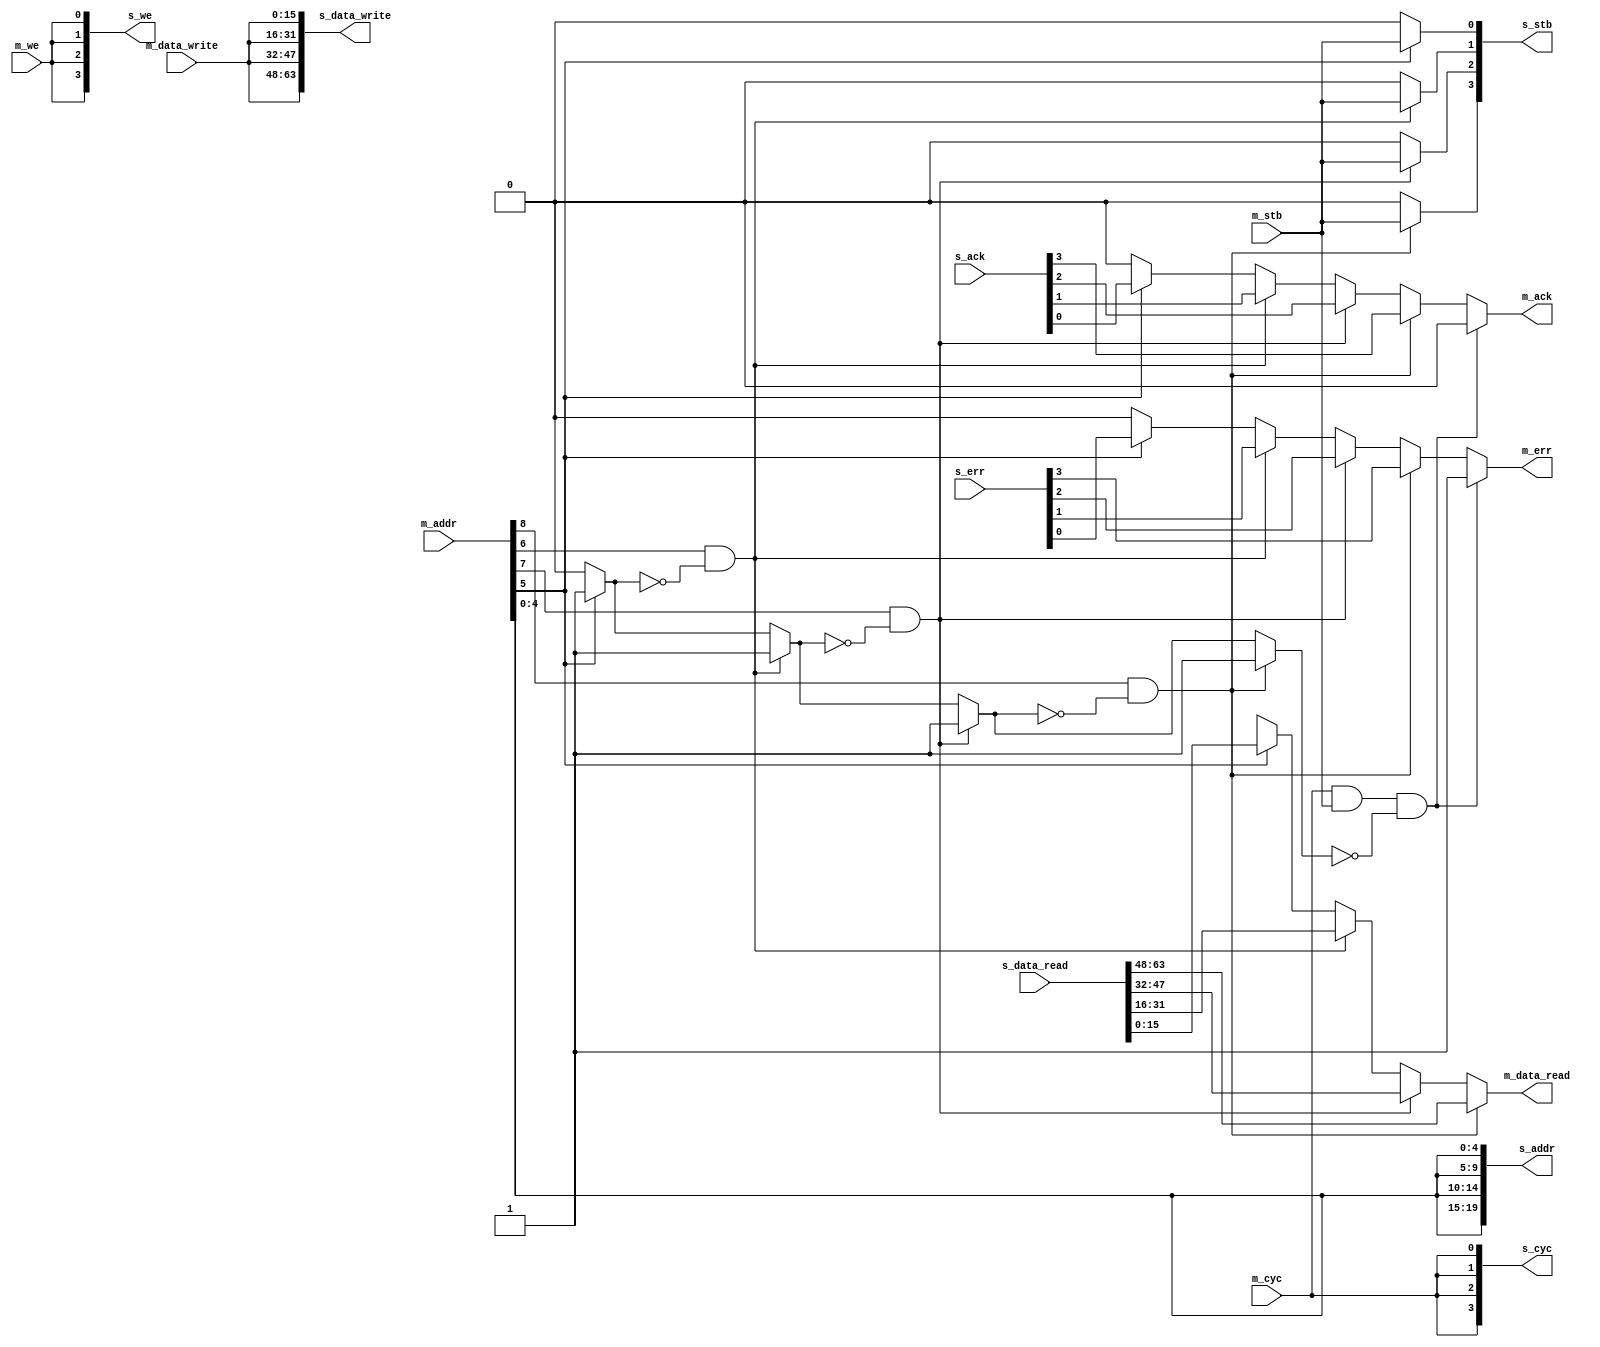
module wb_mux (
	/* Wishbone master */
	output reg m_ack, m_err,
	input m_cyc, m_stb, m_we,
	input [ADDR_WIDTH + SLAVES - 1:0] m_addr,
	input [DATA_WIDTH - 1:0] m_data_write,
	output reg [DATA_WIDTH - 1:0] m_data_read,

	input [SLAVES - 1:0] s_ack, s_err,
	output reg [SLAVES - 1:0] s_cyc, s_stb, s_we,
	output reg [ADDR_WIDTH * SLAVES - 1:0] s_addr,
	output reg [DATA_WIDTH * SLAVES - 1:0] s_data_write,
	input [DATA_WIDTH * SLAVES - 1:0] s_data_read
);

	parameter ADDR_WIDTH	= 5;
	parameter DATA_WIDTH	= 16;
	parameter SLAVES	= 4;

	integer i;
	reg selected;

	always @(*) begin
		s_cyc = {SLAVES{m_cyc}};
		s_stb = {SLAVES{1'b0}};
		s_we = {SLAVES{m_we}};
		s_addr = {SLAVES{m_addr[ADDR_WIDTH - 1:0]}};
		s_data_write = {SLAVES{m_data_write}};
		m_ack = 0;
		m_err = 0;
		m_data_read = {DATA_WIDTH{1'bX}};
		selected = 0;

		for (i = 0; i < SLAVES; i = i + 1) begin
			if (m_addr[ADDR_WIDTH + i] && !selected) begin
				m_ack = s_ack[i];
				m_err = s_err[i];
				m_data_read = s_data_read[i * DATA_WIDTH +: DATA_WIDTH];
				s_stb[i] = m_stb;
				s_we[i] = m_we;
				selected = 1;
			end
		end

		if (m_cyc && m_stb && !selected) begin
			m_ack = 0;
			m_err = 1;
		end
	end

endmodule